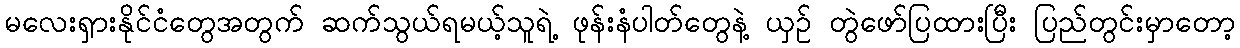
မလေးရှားနိုင်ငံတွေအတွက် ဆက်သွယ်ရမယ့်သူရဲ့ ဖုန်းနံပါတ်တွေနဲ့ ယှဉ် တွဲဖော်ပြထားပြီး ပြည်တွင်းမှာတော့